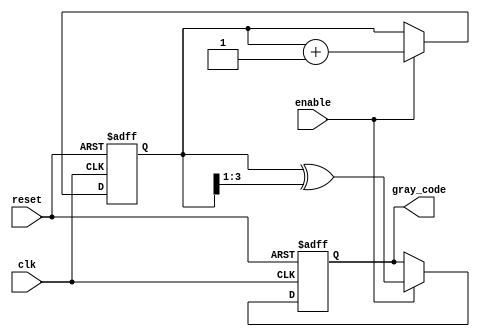
module gray_code_counter #(
    parameter N = 4 // Number of bits for the counter
)(
    input wire clk,         // Clock input
    input wire reset,       // Asynchronous reset
    input wire enable,      // Enable signal
    output reg [N-1:0] gray_code // Output Gray code value
);

    // Internal binary counter
    reg [N-1:0] binary_counter;

    // Gray code conversion function
    function [N-1:0] binary_to_gray;
        input [N-1:0] binary;
        begin
            binary_to_gray = binary ^ (binary >> 1);
        end
    endfunction

    // Always block for counter operation
    always @(posedge clk or posedge reset) begin
        if (reset) begin
            binary_counter <= 0; // Reset binary counter
            gray_code <= binary_to_gray(0); // Reset Gray code
        end else if (enable) begin
            binary_counter <= binary_counter + 1; // Increment binary counter
            gray_code <= binary_to_gray(binary_counter); // Update Gray code
        end
    end

endmodule